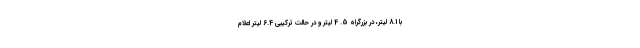
با 8.1 لیتر، در بزرگراه 5. 4 لیتر و در حالت ترکیبی 6.4 لیتر اعلام